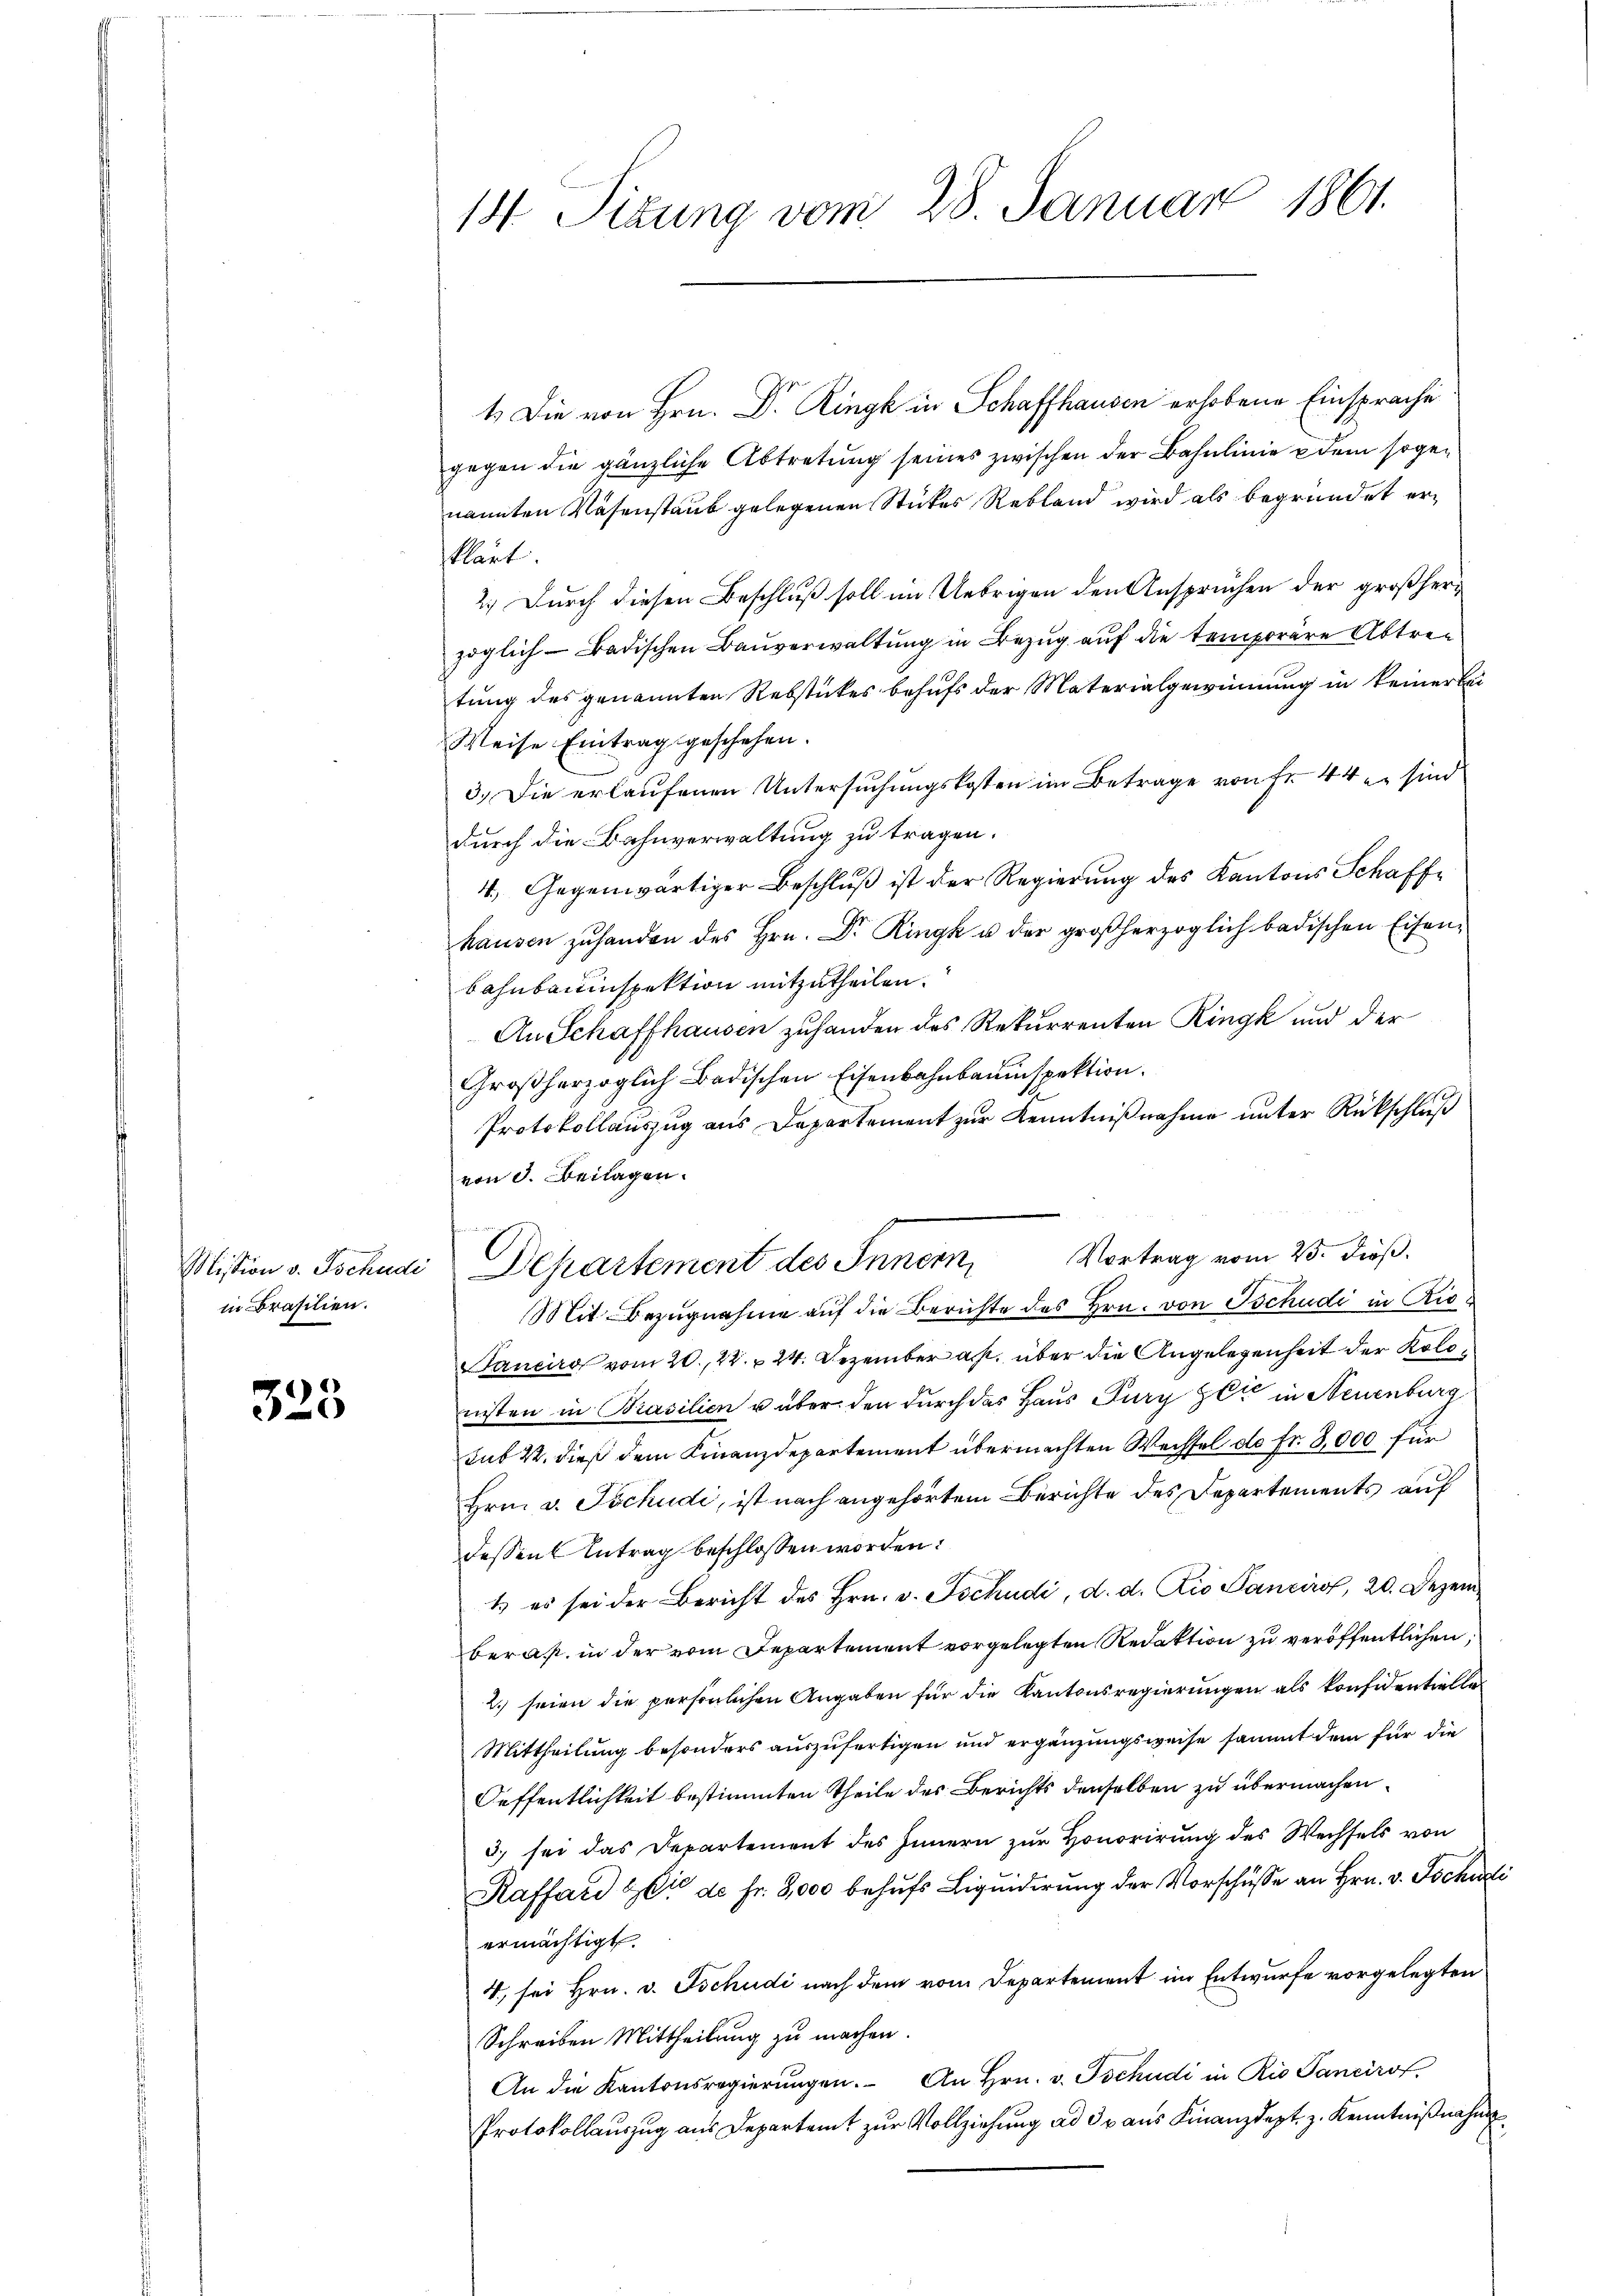
in Brasilien.

323

14 Sizung vom 28. Januar 1861.

1.) Die von Hrn. Dr. Ringk in Schaffhausen erhobene Einsprache
gegen die gänzliche Abtretung seines zwischen der Bahnlinie dem sogenannten Nasenstaub gelegenen Stückes Rebland wird als begründet erklärt
2.) Durch diesen Beschluß soll im Uebrigen den Anspruchen der großherzöglich-Badischen Bauverwaltung in Bezug auf die temporäre Abtretung des genannten Rebstückes behufs der Materialgewinnung in keiner bei
Weise Eintrag geschehen.
3.) Die erlaufenen Untersuchungskosten im Betrage von Fr. 44 er sind
durch die Bahnverwaltung zu tragen.
4. Gegenwärtiger Beschluß ist der Regierung des Kantons Schaffhausen zuhanden des Hrn. Dr. Ringk u der großherzoglich badischen Eisenbahnbauinspektion mitzutheilen.
An Schaffhausen zuhanden des Rekurrenten Ringk und der
Großherzoglich Badischen Eisenbahnbauinspektion.
Protokollauszug aus Departement zur Kenntnißnahme unter Rückschluß
von d. Beilagen.
Vortrag vom 25. dieß.
Mit Bezugnahme auf die Berichte des Hrn. von Tschudi in Rie¬
Panciro vom 20. 22. 24. Dezember a.h. über die Angelegenheit der Kolonisten in Prasilien u aber den durch das Haus Jury hat in Neuenburg
sub 22. dieß dem Finanzdepartement übermachten Wechsel do Fr. 8,000 für
Hrn. v. Tschudi, ist nach angehörtem Berichte des Departements auf
dessen Antrag beschlossen worden.
t es sei der Bericht des Hrn. v. Tschudi, d. d. Die Panciro, 20. Dezemberat in der vom Departement vorgelegten Redaktion zu veröffentlichen,
2.) seien die persönlichen Angaben für die Kantonsregierungen als konfidentielle
Mittheilung besonders auszufertigen und ergänzungsweise sammt dem für die
Oeffentlichkeit bestimmten Theile des Berichts denselben zu übermachen
3) sei das Departement des Innern zur Honorirung des Wechsels von
Raffard & Cie de fr. 2,000 behŭfs Liquidirung der Vorschüsse an Hrn. v. Tschul
ermächtigt.
4., sei Hrn. v. Tschudi nach dem vom Departement im Entwurfe vorgelegten
Schreiben Mittheilung zu machen.
An die Kantonsregierungen. An Hrn. v. Tschudi in Rio Sancirot.
Protokollauszug aus Departamt zur Vollziehung ad 3 aus Finanzdept, z. Kenntnißnahm

Mission v. Tschudi Departement des Innern